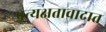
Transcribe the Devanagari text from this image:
प्रत्यक्षतावादात